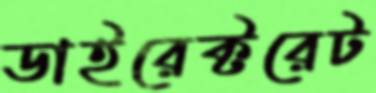
ডাইরেক্টরেট